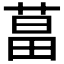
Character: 𦵆